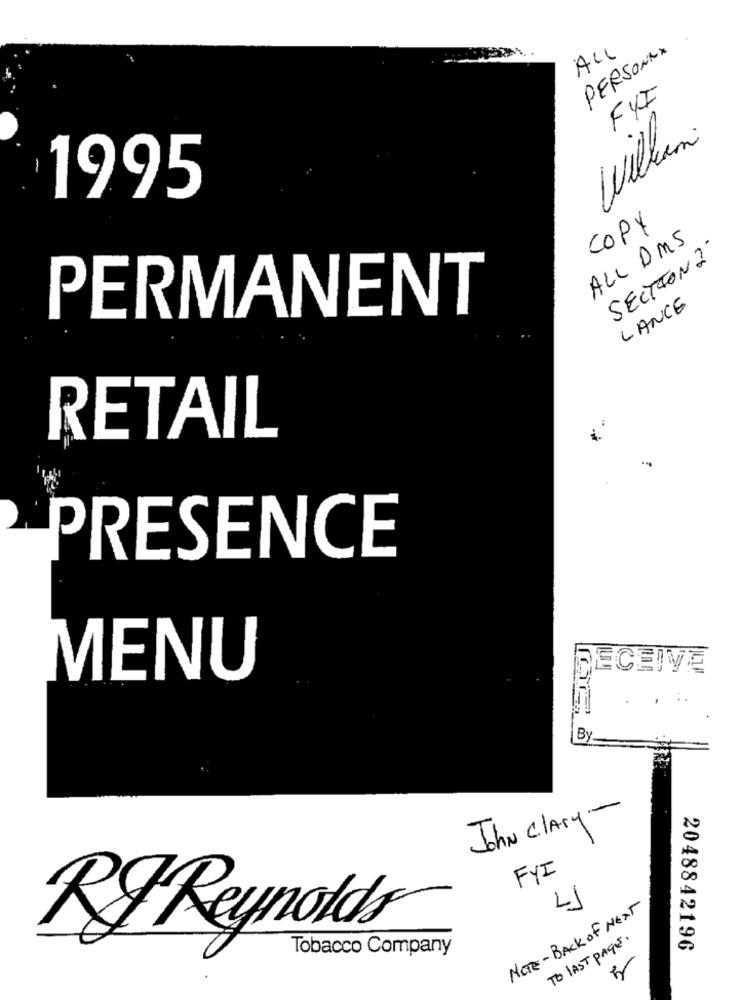
ALL
PERSONAX
FYI
William.
1995
COPY
ALL DMS
SECTION 2'
LANCE
PERMANENT
RETAIL
PRESENCE
RECEIVE
MENU
By.
John ClAry-
FYI
NOTE - BACK OF NEXT
RI Reynolds
TO LAST PAGE.
Tobacco Company
2048842196
4